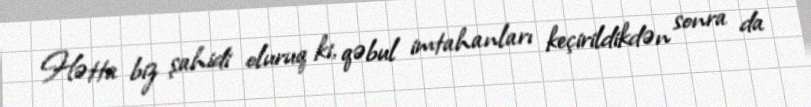
Hətta biz şahidi oluruq ki, qəbul imtahanları keçirildikdən sonra da